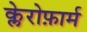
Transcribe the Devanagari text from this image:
क्लेरोफ़ार्म